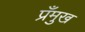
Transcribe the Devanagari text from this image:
प्रँमुख